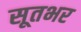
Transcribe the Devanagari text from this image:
सूतभर